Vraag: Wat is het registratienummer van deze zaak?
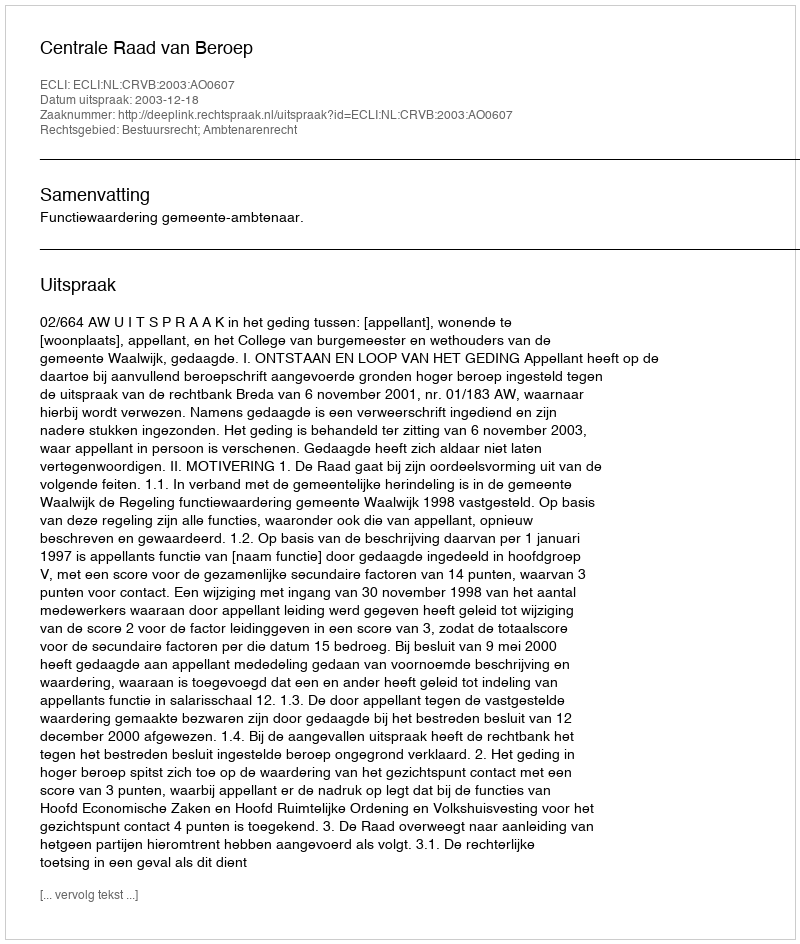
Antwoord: http://deeplink.rechtspraak.nl/uitspraak?id=ECLI:NL:CRVB:2003:AO0607